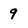
Character: 9